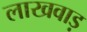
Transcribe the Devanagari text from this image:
लाखवाड़